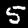
Label: 5